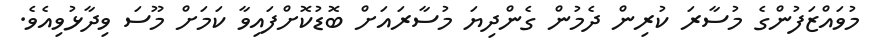
މުވައްޒަފުންގެ މުސާރަ ކުރިން ދެމުން ގެންދިޔަ މުސާރައަށް ބޮޑުކޮށްފައިވާ ކަމަށް މޫސަ ވިދާޅުވިއެވެ.